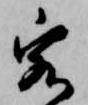
客